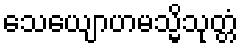
သေယျောဟမသ္မိသုတ္တံ